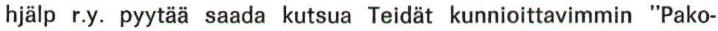
hjälp r.y. pyytää saada kutsua Teidät kunnioittavimmin "Pako-